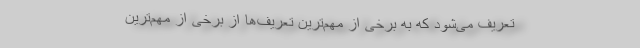
تعریف می‌شود که به برخی از مهم‌ترین تعریف‌ها از برخی از مهم‌ترین